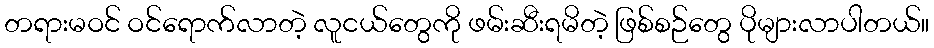
တရားမဝင် ဝင်ရောက်လာတဲ့ လူငယ်တွေကို ဖမ်းဆီးရမိတဲ့ ဖြစ်စဉ်တွေ ပိုများလာပါတယ်။